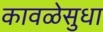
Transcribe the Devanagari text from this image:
कावळेसुधा